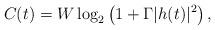
LaTeX: \begin{align*}C(t) = W\log_{2}\left(1+\Gamma|h(t)|^{2}\right),\end{align*}